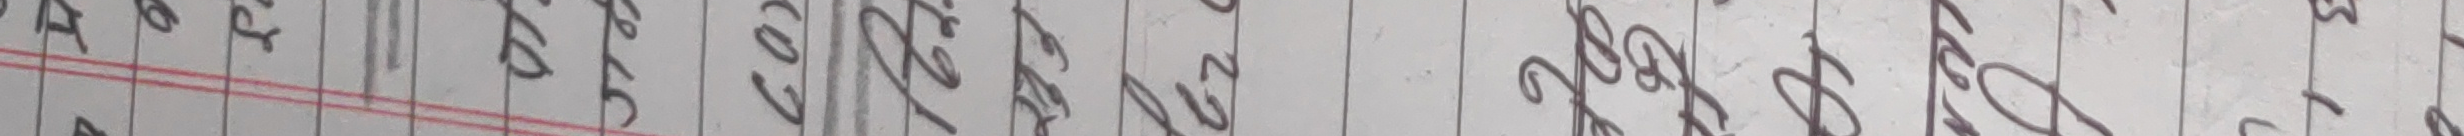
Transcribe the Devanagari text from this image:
प्राप्त के ल र गयो सायमय २०७५१३०